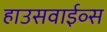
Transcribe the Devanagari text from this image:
हाउसवाईव्स